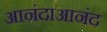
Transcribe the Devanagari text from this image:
आनंदाआनंद